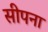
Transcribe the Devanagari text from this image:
सीपना